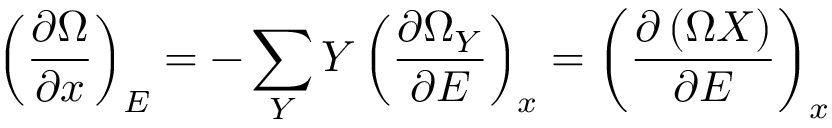
\left( { \frac { \partial \Omega } { \partial x } } \right) _ { E } = - \sum _ { Y } Y \left( { \frac { \partial \Omega _ { Y } } { \partial E } } \right) _ { x } = \left( { \frac { \partial \left( \Omega X \right) } { \partial E } } \right) _ { x }